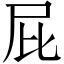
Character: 屁